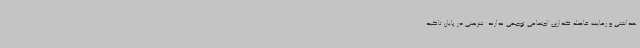
هداشتی و رعایت فاصله گذاری اجتماعی توجهی ندارند. شریعتی در پایان تاکید